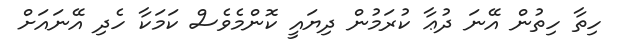
ހިތާ ހިތުން އޭނަ ދުޢާ ކުރަމުން ދިޔައީ ކޮންމެވެސް ކަމަކާ ހެދި އޭނައަށް